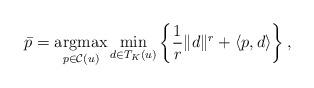
LaTeX: \begin{align*}\bar{p} = \underset{p \in \mathcal{C}(u)}{\mbox{argmax}} \min\limits_{d\in T_K (u)}\left\{ \frac{1}{r} \Vert d \Vert^r +\langle p,d\rangle \right \},\end{align*}